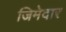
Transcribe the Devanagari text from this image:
जिमेदार